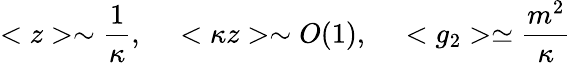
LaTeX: <z>\sim\frac{1}{\kappa},~~~~<\kappa z>\sim O(1),~~~~<g_{2}>\simeq\frac{m^{2}}{\kappa}